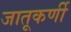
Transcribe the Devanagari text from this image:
जातूकर्णी